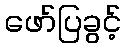
ဖော်ပြခွင့်